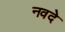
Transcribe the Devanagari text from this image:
नवदे